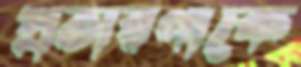
প্রতারণাকে